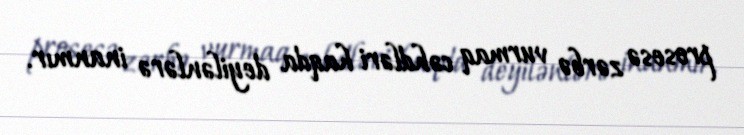
prosesə zərbə vurmaq cəhdləri haqda deyilənlərə inanmır.